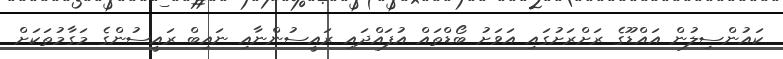
ކައުންސިލުން އައްޑޫގެ ރަށްރަށުގައި އަވަށު ބޯޑްތައް އުފައްދައި ރައީސުންނާއި ނައިބް ރައީސުންގެ މަގާމުތަކަށް